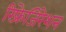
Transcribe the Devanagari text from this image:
रिफ्रेजिरेशन